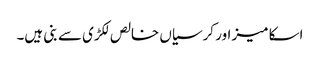
اسکا میز اور کرسیاں خالص لکڑی سے بنی ہیں۔